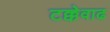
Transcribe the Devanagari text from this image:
टक्केवाढ